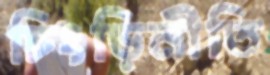
চিংড়িনীতি